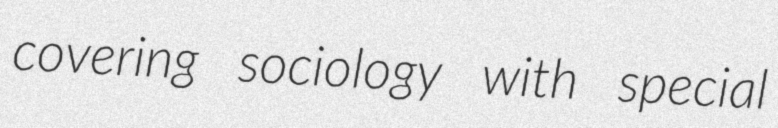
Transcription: covering sociology with special